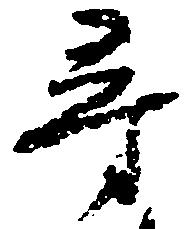
尋